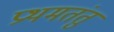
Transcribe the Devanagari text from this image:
प्रथमतंतु